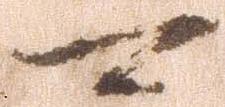
可